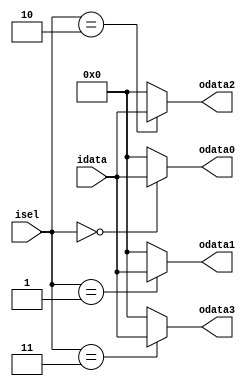
module mfhwt_demux_1to4 (
							input			[15:0]	idata,
							input			[1:0]	isel,
							output			[15:0]	odata0,
							output			[15:0]	odata1,
							output			[15:0]	odata2,
							output			[15:0]	odata3
						);

assign		odata0 = (isel == 2'h0) ? idata : 16'h0;
assign		odata1 = (isel == 2'h1) ? idata : 16'h0;
assign		odata2 = (isel == 2'h2) ? idata : 16'h0;
assign		odata3 = (isel == 2'h3) ? idata : 16'h0;

endmodule